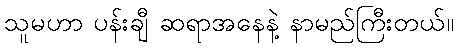
သူမဟာ ပန်းချီ ဆရာအနေနဲ့ နာမည်ကြီးတယ်။